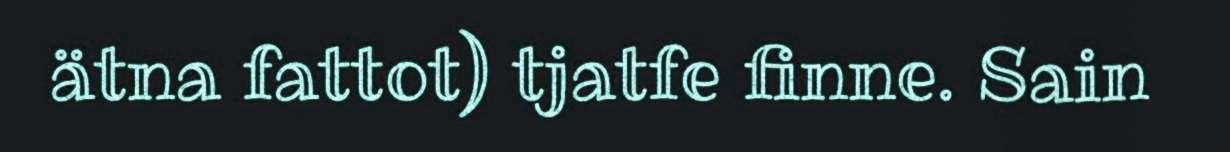
ätna fattot) tjatfe finne. Sain